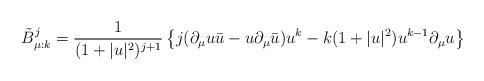
LaTeX: \begin{align*}\tilde{B}_{\mu :k}^j=\frac{1}{(1+|u|^2)^{j+1}} \left\{ j(\partial_{\mu}u\bar{u}-u\partial_{\mu}\bar{u})u^k -k(1+|u|^2)u^{k-1}\partial_{\mu}u \right\}\end{align*}